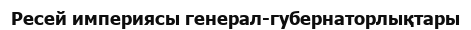
Ресей империясы генерал-губернаторлықтары